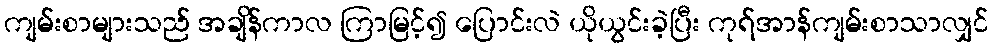
ကျမ်းစာများသည် အချိန်ကာလ ကြာမြင့်၍ ပြောင်းလဲ ယိုယွင်းခဲ့ပြီး ကုရ်အာန်ကျမ်းစာသာလျှင်